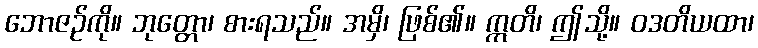
ဘောဇဉ်ကို။ ဘုတ္တော၊ စားရသည်။ အမှိ၊ ဖြစ်၏။ ဣတိ၊ ဤသို့။ ဝဒတိယထာ၊